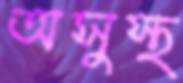
অসুস্থ